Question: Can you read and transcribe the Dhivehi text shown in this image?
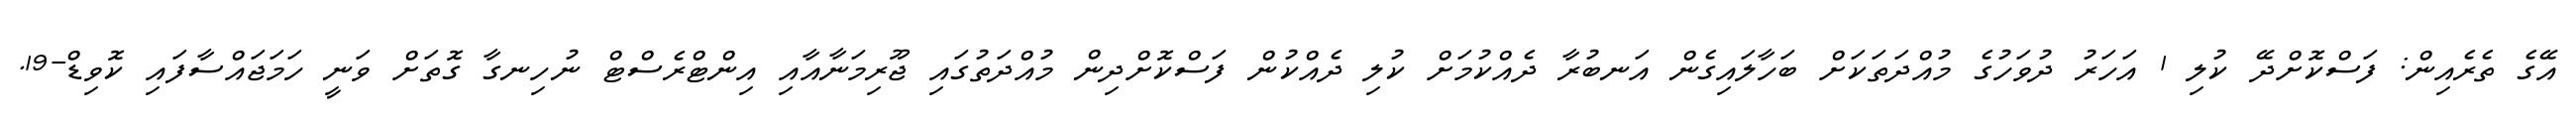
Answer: އޭގެ ތެރެއިން: ފަސްކޮށްދޭ ކުލި 1 އަހަރު ދުވަހުގެ މުއްދަތަކަށް ބަހާލައިގެން އަނބުރާ ދެއްކުމަށް ކުލި ދެއްކުން ފަސްކޮށްދިން މުއްދަތުގައި ޖޫރިމަނާއާއި އިންޓްރެސްޓް ނުހިނގާ ގޮތަށް ވަނީ ހަމަޖައްސާފައި ކޮވިޑް-19.